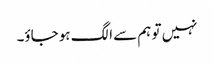
نہیں تو ہم سے الگ ہو جاؤ۔